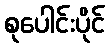
စုပေါင်းပိုင်